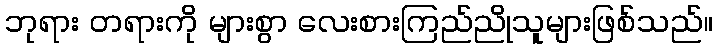
ဘုရား တရားကို များစွာ လေးစားကြည်ညိုသူများဖြစ်သည်။